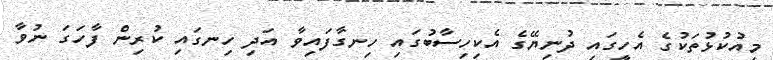
މިއުކުޅުތަކުގެ އެހީގައި ދުނިޔޭގެ އެކިހިސާބުގައި ހިނގާފައިވާ އަދި ހިނގައި ކުރިން ފާހަގަ ނުވާ